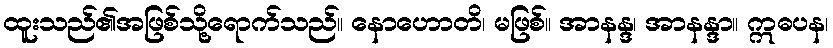
ထူးသည်၏အဖြစ်သို့ရောက်သည်။ နောဟောတိ၊ မဖြစ်။ အာနန္ဒ၊ အာနန္ဒာ။ ဣဓပန၊